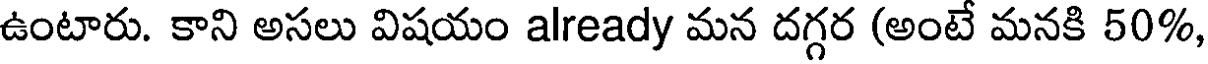
ఉంటారు. కాని అసలు విషయం already మన దగ్గర (అంటే మనకి 50%,